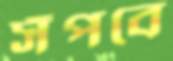
সঁপবে